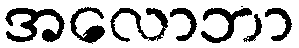
အလောဘာ